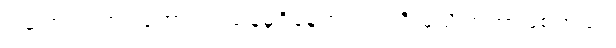
ဒါကြောင့်သာ လူဟာ ရှင်သန်မှုရှိနေတဲ့ ဘဝကို မသိကြတာဖြစ်တယ်။